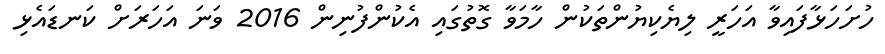
ހުށަހަޅާފައިވާ އަހަރީ ލިޔެކިޔުންތަކުން ހާމަވާ ގޮތުގައި އެކުންފުނިން 2016 ވަނަ އަހަރަށް ކަނޑައެޅި